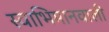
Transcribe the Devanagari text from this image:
स्वाभिमानवाली